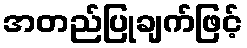
အတည်ပြုချက်ဖြင့်